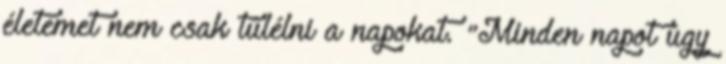
életemet nem csak túlélni a napokat. "Minden napot úgy